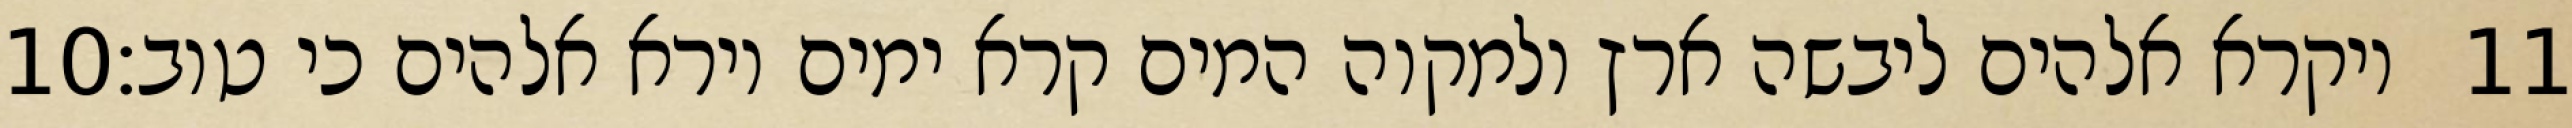
‎10‏ ויקרא אלהים ליבשה ארץ ולמקוה המים קרא ימים וירא אלהים כי טוב׃ ‎11‏